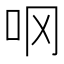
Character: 𫩚